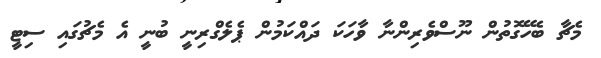
މެޗާ ބެހޭގޮތުން ނޫސްވެރިންނާ ވާހަކަ ދައްކަމުން ޕެލެގްރިނީ ބުނީ އެ މެޗުގައި ސިޓީ